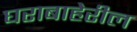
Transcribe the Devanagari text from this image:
घराबाहेरील